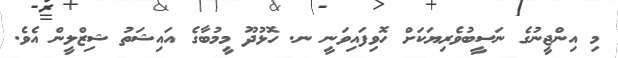
މި އިންޖީނުގެ ނަސީބުވެރިޔަކަށް ހޮވިފައިވަނީ ނ. ހޮޅުދޫ މީމުބާގެ އައިޝަތު ޝިޒްލީން އެވެ.